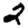
Digit: 2